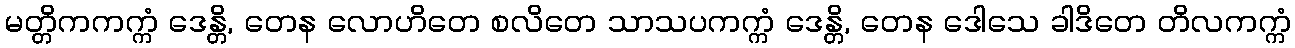
မတ္တိကကက္ကံ ဒေန္တိ, တေန လောဟိတေ စလိတေ သာသပကက္ကံ ဒေန္တိ, တေန ဒေါသေ ခါဒိတေ တိလကက္ကံ